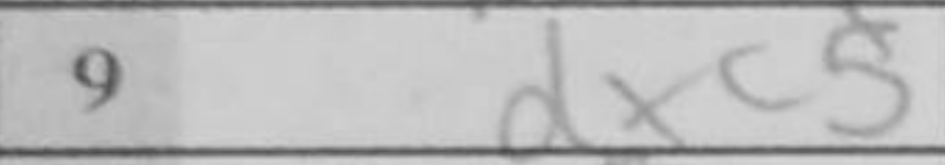
Transcription: dxc5